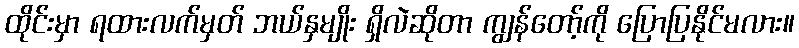
ထိုင်းမှာ ရထားလက်မှတ် ဘယ်နှမျိုး ရှိလဲဆိုတာ ကျွန်တော့်ကို ပြောပြနိုင်မလား။